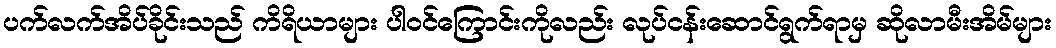
ပက်လက်အိပ်ခိုင်းသည် ကိရိယာများ ပါဝင်ကြောင်းကိုလည်း လုပ်ငန်းဆောင်ရွက်ရာမှ ဆိုလာမီးအိမ်များ